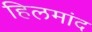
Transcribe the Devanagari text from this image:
हिलमांद